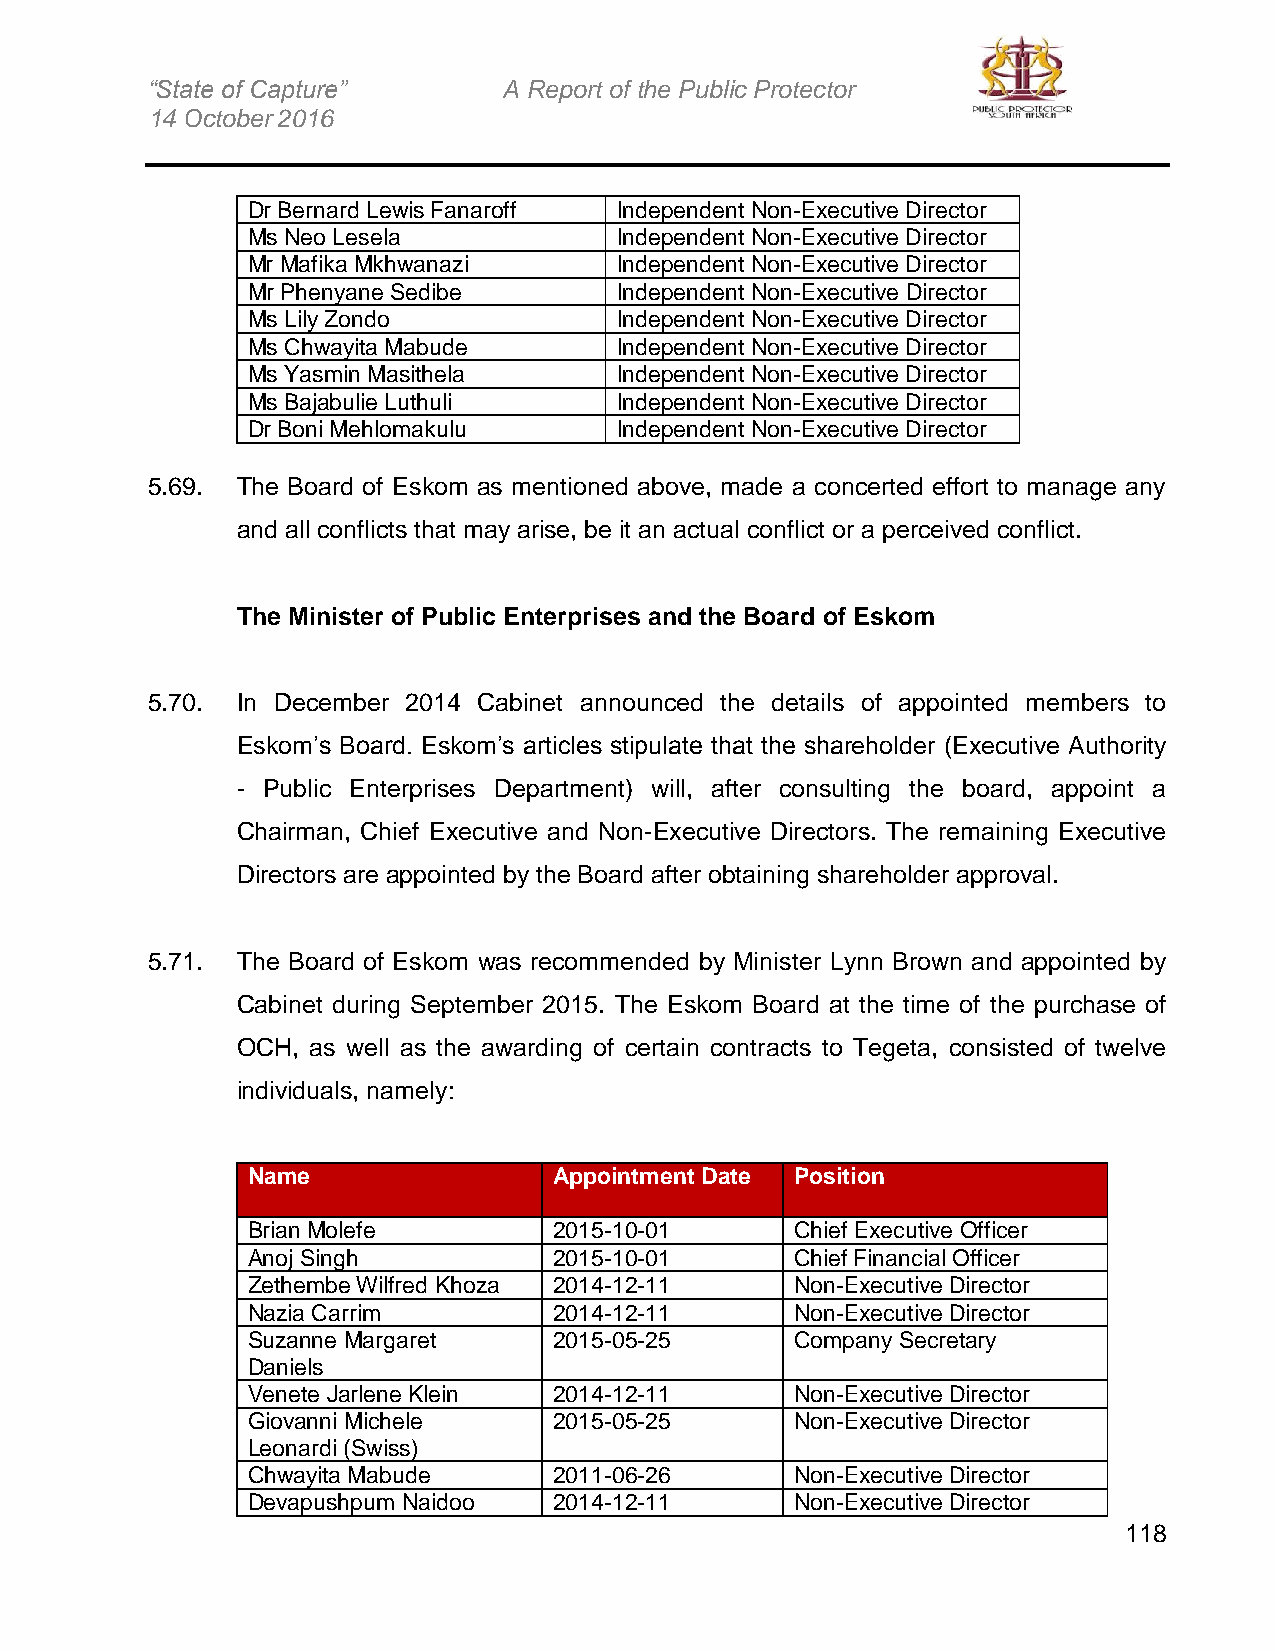
“State of Capture”     A Report of the Public Protector
 14 October 2016
 Dr Bernard Lewis Fanaroff Independent Non-Executive Director
 Ms Neo Lesela            Independent Non-Executive Director
 Mr Mafika Mkhwanazi      Independent Non-Executive Director
 Mr Phenyane Sedibe       Independent Non-Executive Director
 Ms Lily Zondo            Independent Non-Executive Director
 Ms Chwayita Mabude       Independent Non-Executive Director
 Ms Yasmin Masithela      Independent Non-Executive Director
 Ms Bajabulie Luthuli     Independent Non-Executive Director
 Dr Boni Mehlomakulu      Independent Non-Executive Director
 5.69. The Board of Eskom as mentioned above, made a concerted effort to manage any
 and all conflicts that may arise, be it an actual conflict or a perceived conflict.
 The Minister of Public Enterprises and the Board of Eskom
 5.70. In December 2014 Cabinet announced the details of appointed members to
 Eskom’s Board. Eskom’s articles stipulate that the shareholder (Executive Authority
 - Public Enterprises Department) will, after consulting the board, appoint a
 Chairman, Chief Executive and Non-Executive Directors. The remaining Executive
 Directors are appointed by the Board after obtaining shareholder approval.
 5.71. The Board of Eskom was recommended by Minister Lynn Brown and appointed by
 Cabinet during September 2015. The Eskom Board at the time of the purchase of
 OCH, as well as the awarding of certain contracts to Tegeta, consisted of twelve
 individuals, namely:
 Name                 Appointment Date Position
 Brian Molefe         2015-10-01      Chief Executive Officer
 Anoj Singh           2015-10-01      Chief Financial Officer
 Zethembe Wilfred Khoza 2014-12-11    Non-Executive Director
 Nazia Carrim         2014-12-11      Non-Executive Director
 Suzanne Margaret     2015-05-25      Company Secretary
 Daniels
 Venete Jarlene Klein 2014-12-11      Non-Executive Director
 Giovanni Michele     2015-05-25      Non-Executive Director
 Leonardi (Swiss)
 Chwayita Mabude      2011-06-26      Non-Executive Director
 Devapushpum Naidoo   2014-12-11      Non-Executive Director
 118